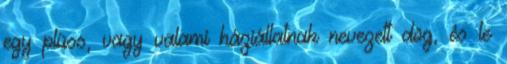
egy plüss, vagy valami háziállatnak nevezett dög, és le